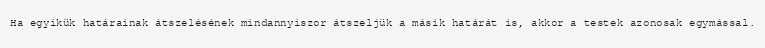
Ha egyikük határainak átszelésének mindannyiszor átszeljük a másik határát is, akkor a testek azonosak egymással.